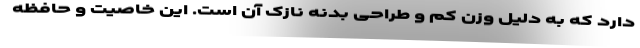
دارد که به دلیل وزن کم و طراحی بدنه نازک آن است. این خاصیت و حافظه